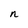
Character: n